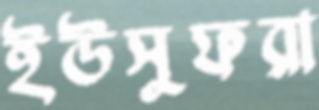
ইউসুফরা